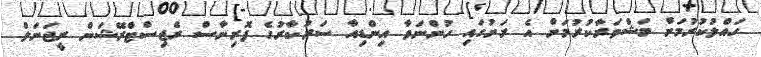
ހައްލުކުރުމަށް މަޝްވަރާކުރުމަށް އެ ރަށުގައި ހުންނަވާ އިންޑިއާ ސަރުކާރުގެ ފޮރިނާސް ރެޖިސްޓްރޭޝަން ރީޖަނަލް